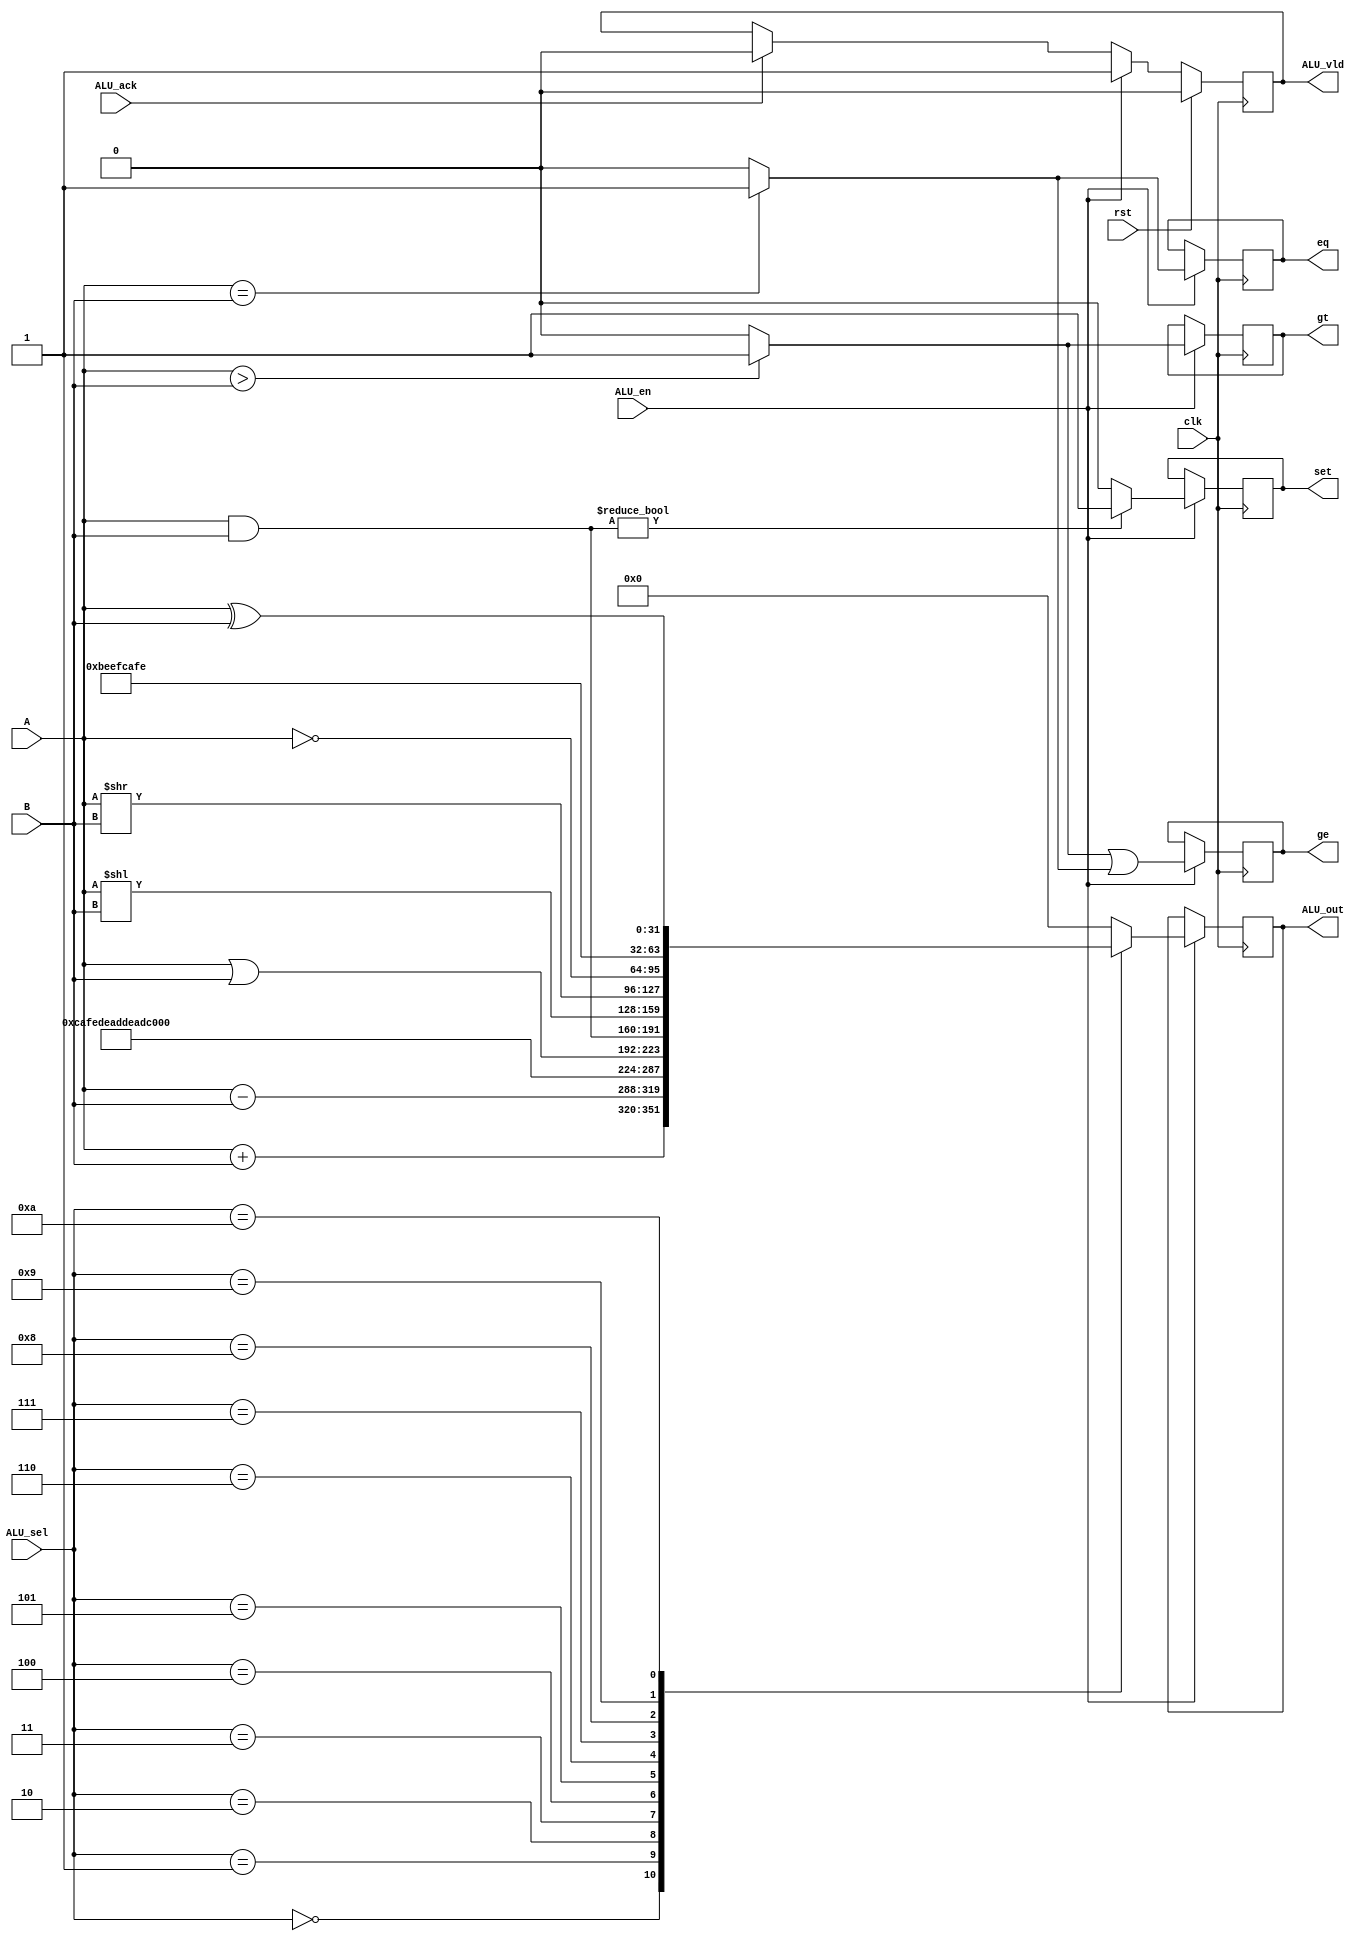
module alu # (
	parameter PESS = 0
)(
	input wire clk,
    input wire rst,
    input wire [31:0] A,
    input wire [31:0] B,
    input wire [3:0] ALU_sel,
    input wire ALU_en,
    output wire [31:0] ALU_out,
    output wire set,
    output wire eq,
    output wire gt,
    output wire ge,
    output wire ALU_vld,
    input wire ALU_ack
);

    /************************************/
    /**Forward-declare internal signals**/
    /************************************/
    wire [31:0] A_i;
    wire [31:0] B_i;
    wire [3:0] ALU_sel_i;
    wire ALU_en_i;
    reg [31:0] ALU_out_i;
    wire eq_i, gt_i, ge_i, set_i;
    wire ALU_vld_i;
    
    /***************************************/
    /**Assign internal signals from inputs**/
    /***************************************/
    
    assign A_i = A;
    assign B_i = B;
    assign ALU_sel_i = ALU_sel;
    assign ALU_en_i = ALU_en;
    
    /****************/
    /**Do the logic**/
    /****************/
    
    
    always @(*) begin
        case (ALU_sel_i)
            4'h0:
                ALU_out_i <= A_i + B_i;
            4'h1:
                ALU_out_i <= A_i - B_i;
            4'h2:
                //ALU_out <= A_i * B_i; //TODO: what if this takes >1 clock cycle?
                ALU_out_i <= 32'hCAFEDEAD; //For simplicity, return an "error code" to say "modulus not supported"
            4'h3:
                /*
                ALU_out <= A_i / B_i; //TODO: what if B_i is zero?
                                  //TODO: what if this takes >1 clock cycle?
                */
                ALU_out_i <= 32'hDEADBEEF; //For simplicity, return an "error code" to say "division not supported"
            4'h4:
                ALU_out_i <= A_i | B_i;
            4'h5:
                ALU_out_i <= A_i & B_i;
            4'h6:
                ALU_out_i <= A_i << B_i; //TODO: does this work?
            4'h7:
                ALU_out_i <= A_i >> B_i; //TODO: does this work?
            4'h8:
                ALU_out_i <= ~A_i;
            4'h9:
                /*
                ALU_out <= A_i % B_i; //TODO: what if B_i is zero?
                                  //TODO: what if this takes >1 clock cycle?
                */
                ALU_out_i <= 32'hBEEFCAFE; //For simplicity, return an "error code" to say "modulus not supported"
            4'hA:
                ALU_out_i <= A_i ^ B_i;
            default:
                ALU_out_i <= 32'd0;
        endcase
    end


    //These are used as the predicates for JMP instructions
    assign eq_i = (A_i == B_i) ? 1'b1 : 1'b0;
    assign gt_i = (A_i > B_i) ? 1'b1 : 1'b0;
    assign ge_i = gt_i | eq_i;
    assign set_i = ((A_i & B_i) != 32'h00000000) ? 1'b1 : 1'b0;

    assign ALU_vld_i = ALU_en_i;
    
    
    /****************************************/
    /**Assign outputs from internal signals**/
    /****************************************/
    
    reg [31:0] ALU_out_r = 0;
    reg eq_r = 0;
    reg gt_r = 0;
    reg ge_r = 0;
    reg set_r = 0;
    reg ALU_vld_r = 0;
    
    always @(posedge clk) begin
    	if (rst) begin
            ALU_vld_r <= 0;
    	end else begin
			if (ALU_en_i) begin
				ALU_vld_r <= ALU_vld_i;
			end else begin
				ALU_vld_r <= (ALU_ack) ? 0 : ALU_vld_r;
			end
		end
        if (ALU_en_i) begin
            ALU_out_r <= ALU_out_i;
            eq_r <= eq_i;
            gt_r <= gt_i;
            ge_r <= ge_i;
            set_r <= set_i;
        end 
    end
    
    assign ALU_out = ALU_out_r;
    assign eq = eq_r;
    assign gt = gt_r;
    assign ge = ge_r;
    assign set = set_r;
    assign ALU_vld = ALU_vld_r;

endmodule